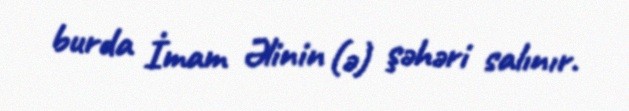
burda İmam Əlinin (ə) şəhəri salınır.